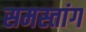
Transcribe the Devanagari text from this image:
समस्तांग